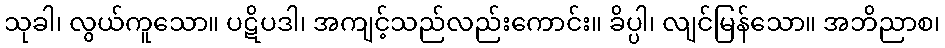
သုခါ၊ လွယ်ကူသော။ ပဋိပဒါ၊ အကျင့်သည်လည်းကောင်း။ ခိပ္ပါ၊ လျင်မြန်သော။ အဘိညာစ၊